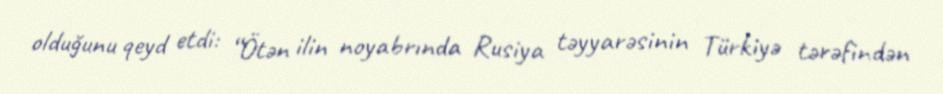
olduğunu qeyd etdi: “Ötən ilin noyabrında Rusiya təyyarəsinin Türkiyə tərəfindən